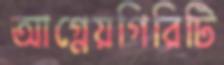
আগ্নেয়গিরিটি